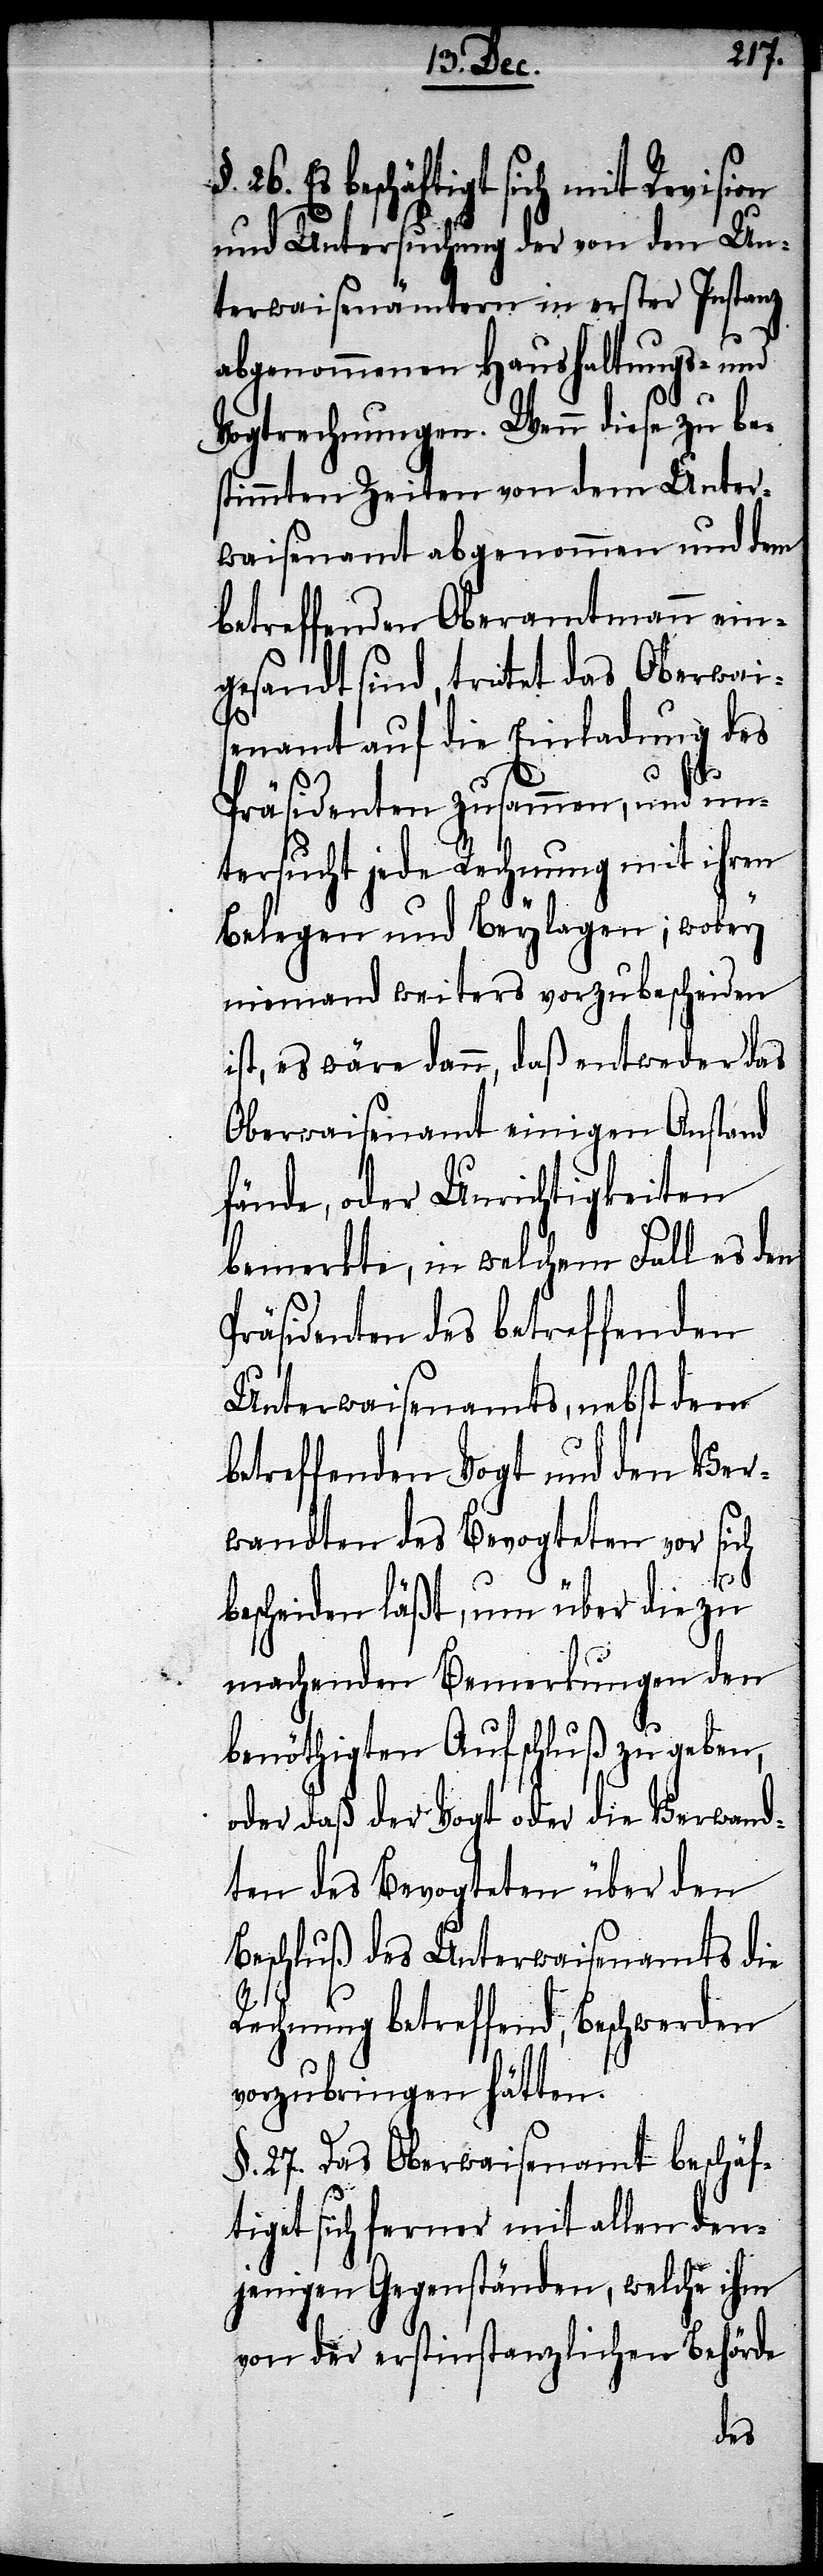
26. Es beschäftigt sich mit Revision
und Untersuchung der von den Un¬
terwaisenämtern in erster Instanz
abgenommenen Haushaltungs- und
Vogtrechnungen. Wenn diese zu be¬
stimmten Zeiten von dem Unter¬
waisenamt abgenommen und dem
betreffenden Oberamtmann ein¬
gesandt sind, tritet das Oberwais¬
enamt auf die Einladung des
Präsidenten zusammen, und un¬
tersucht jede Rechnung mit ihren
Belegen und Beylagen, wobey
niemand weiters vorzubescheiden
ist es wäre dann, daß entweder das
Oberwaisenamt einigen Anstand
fände oder Unrichtigkeiten
bemerkt, in welchem Fall es dem
Präsidenten des betreffenden
Unterwaisenamts, nebst dem
betreffenden Vogt und den Ver¬
wandten des Bevogteten vor sich
bescheiden läßt, um über die zu
machenden Bemerkungen den
benöthigten Aufschluß zu geben,
oder daß der Vogt oder die Verwand¬
ten des Bevogteten über den
Beschluß des Unterwaisenamts die
Rechnung betreffend, Beschwerden
vorzubringen hätten.
§. 27. Das Oberwaisenamt beschäf¬
tiget sich ferner mit allen den¬
jenigen Gegenständen, welche ihm
von der erstinstanzlichen Behörde